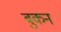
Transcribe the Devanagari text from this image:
बुकन